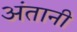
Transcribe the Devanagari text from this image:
अंतानी